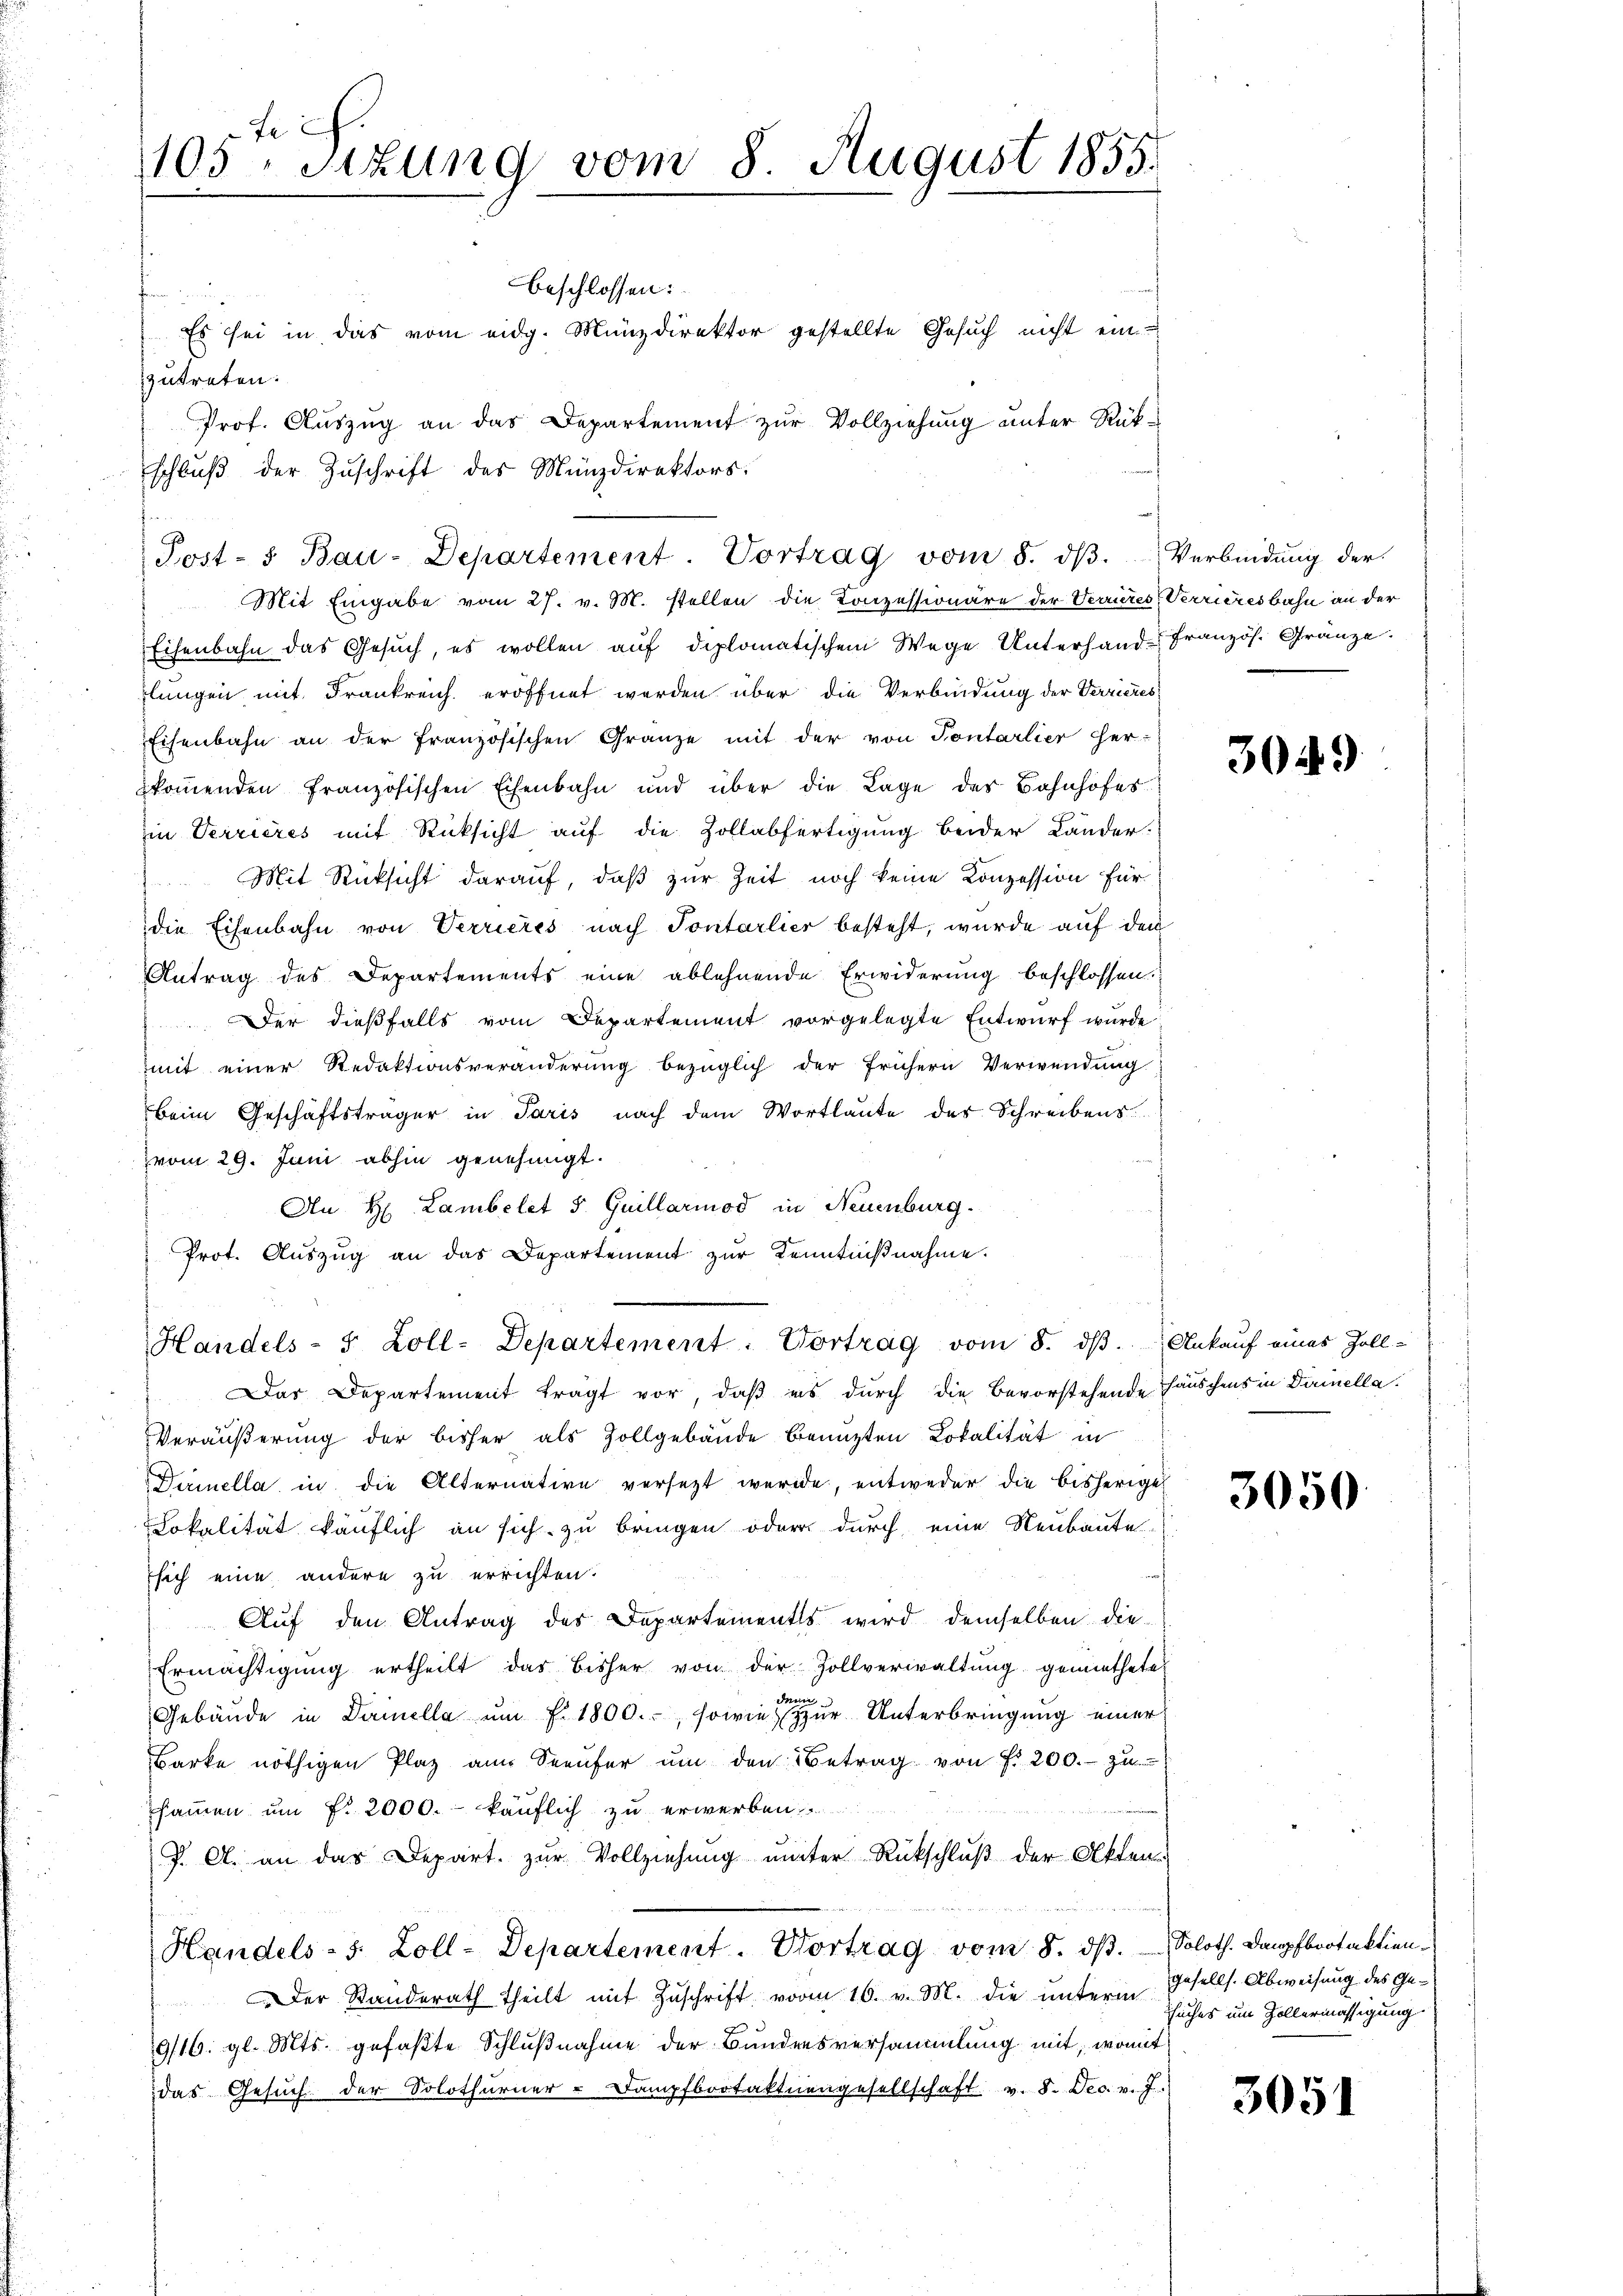
Fe
105. Situng vom 8. August 1855.

beschlossen:
Es sei in das vom eidg. Münzdirektor gestellte Gesuch nicht ein-
zutreten.
Prof. Auszug an das Departement zur Vollziehung unter Rükschluß der Zuschrift des Münzdirektors.
f
Mit Eingabe vom 27. v. M. stellen die Konzessionäre der Verrieres
Eisenbahn das Gesŭch, es wollen auf diplomatischem Wege Unterhand-Französ. Gränze.
lungen mit Frankreich eröffnet werden über die Verbindung der Verrieres
Eisenbahn an der französischen Gränze mit der von Tontarlier her-
kommenden französischen Eisenbahn und über die Lage des Bahnhofes
in Verrieres mit Rücksicht auf die Zollabfertigung beider Lander-
Mit Rücksicht darauf, daß zur Zeit noch keine Konzession für
die Eisenbahn von Verrieres nach Pontarlier besteht, wurde auf den
Antrag des Departements eine ablehnende Erwiderung beschlossen.
Der dießfalls vom Departement vorgelegte Entwurf wurde
mmit einer Redaktionsveränderung bezüglich der frühern Verwendung
beim Geschäftsträger in Paris nach dem Wortlaute des Schreibens
vom 29. Juni abhin genehmigt.
An H: Lambelet S. Guillariod in Neuenburg.
Prot. Aŭszŭg an das Departement zŭr Kenntniβnahme.
Handels- 5 Zoll-Departement. Vortrag vom 8. dβ. Ankauf eines Zoll-
Das Departement tragt vor, daß es durch die Bevorstehende Häuschens in Darinella¬
Veräußerung der bisher als Zollgebäude benuzten Lokalität in
Dirinella in die Alternative versezt werde, entweder die bisherige
Lokalität käuflich an sich zu bringen oder durch eine Neubaute
sich eine andere zu errichten.
Auf den Antrag des Departements wird demselben die
Ermächtigŭng ertheilt das bisher von der Zollverwaltŭng gemiethete
Ien
Gebäŭde in Darinella ŭm f. 1800., sowie zŭr Unterbringŭng einer
Barke nöthigen Plaz am Seeufer um den Betrag von fr 200.- zu
sammen um f. 2000.- käuflich zu erwerben.
J. A. an das Depart. zur Vollziehung unter Rückschluß der Akten
Handels- 3. Zoll-Departement. Vortrag vom 8. dβ.
Der Standerath theilt mit Zŭschrift vom 16. v. M. die ŭnterm
9/16. gl. Mts. gefaßte Schlußnahme der Bundensversammlung mit, womit
das Gesuch der Solothurner-Dampfbootaktiengesellschaft v. 8. Dec. v. J.

Post- u Bau-Departement. Vortrag vom 8. dβ.

Verbindung der
Verrieresbahn an der

3049

3050

Soloth. Dampfbootaktion
gesells. Abweisung des Gesuches um Zollermässigung

3051